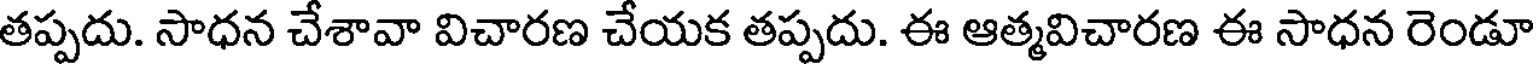
తప్పదు. సాధన చేశావా విచారణ చేయక తప్పదు. ఈ ఆత్మవిచారణ ఈ సాధన రెండూ